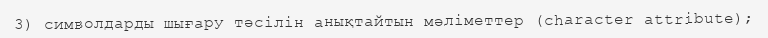
3) символдарды шығару тәсілін анықтайтын мәліметтер (character attribute);